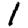
Digit: 1